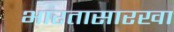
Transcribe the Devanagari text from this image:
भारतासारखा